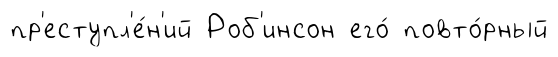
пр'еступл'е́н'ий Роб'инсон его́ повто́рный